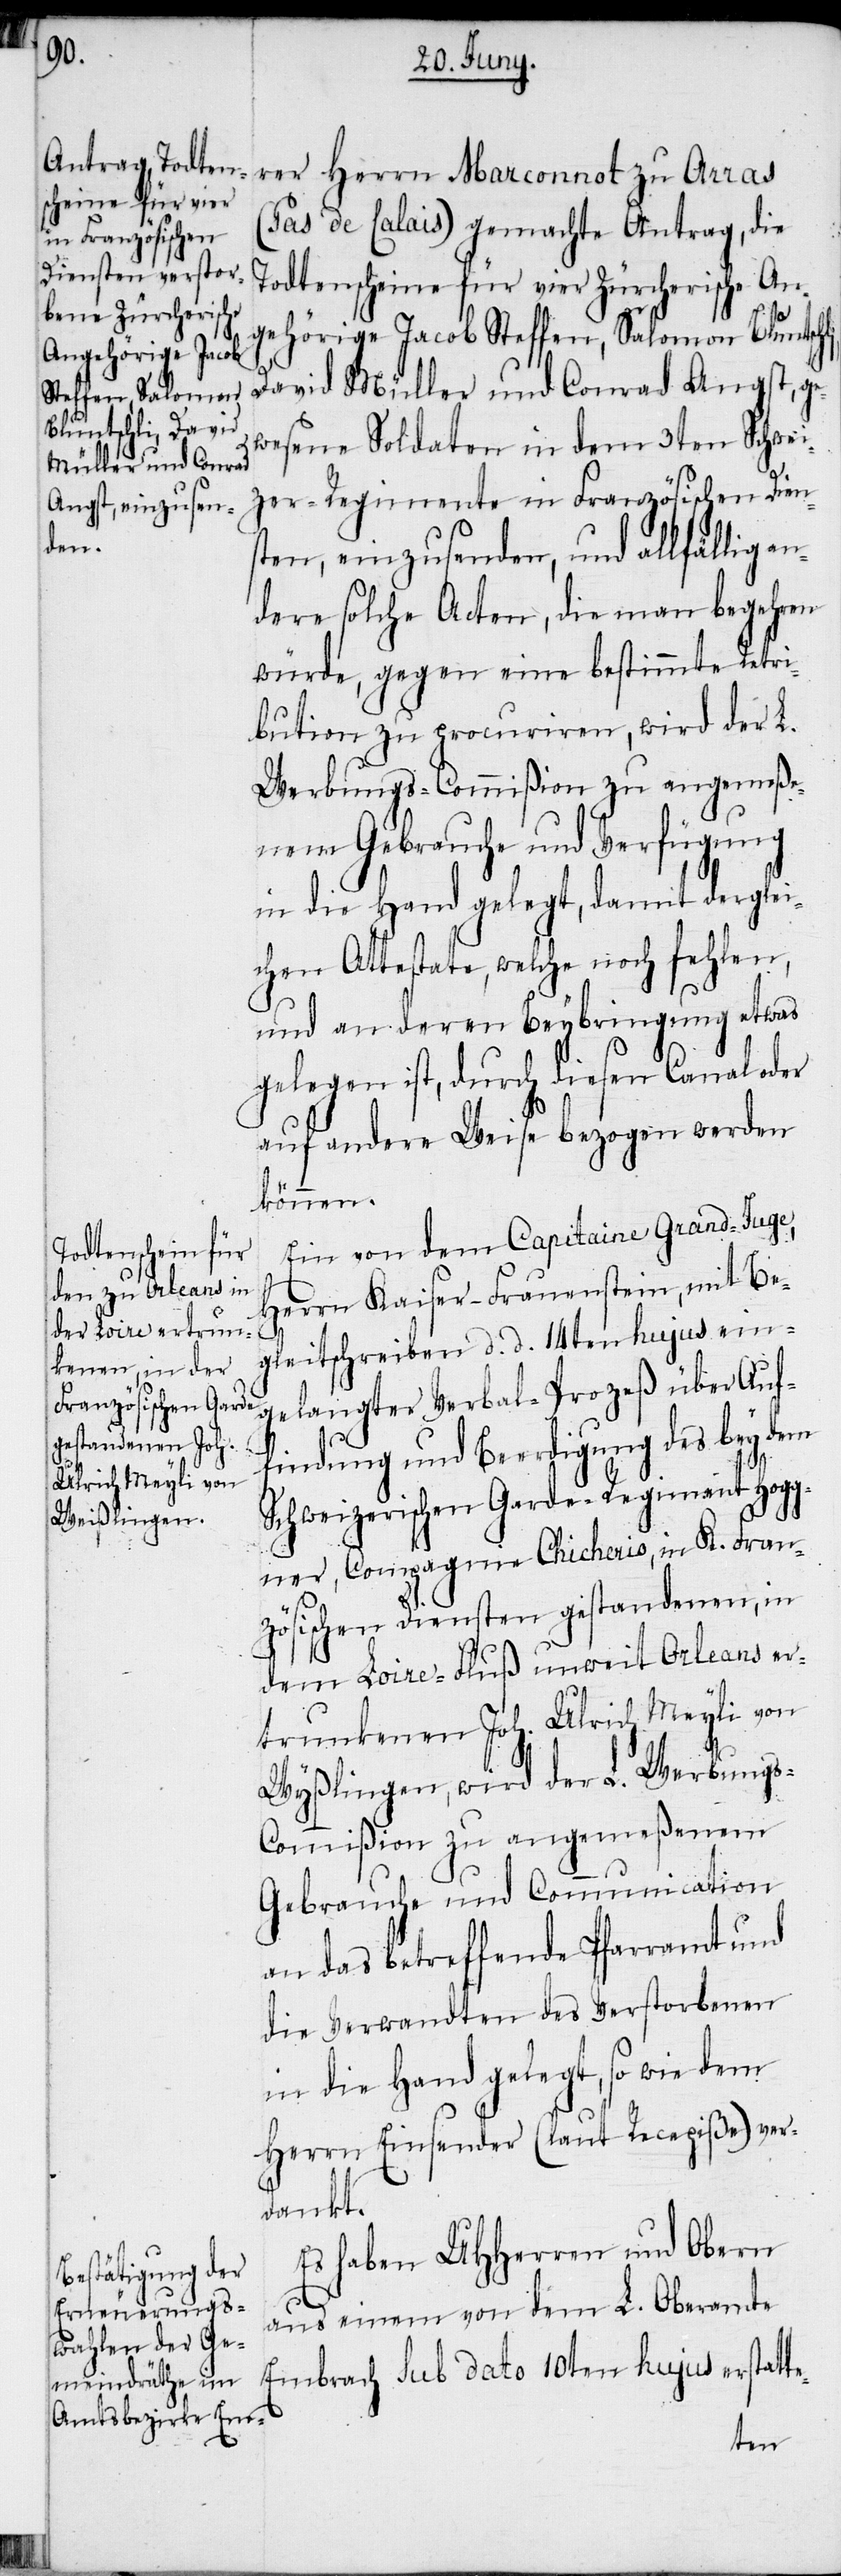
rer Herrn Marconnot zu Arras
(Pas de Calais) gemachte Antrag, die
Todtenscheine für vier Zürcherische An¬
gehörige Jacob Steffen, Salomon Bluntsch¬
David Müller und Conrad Angst, ge¬
wesene Soldaten in dem 3ten Schwei¬
zer-Regimente in Französischen Dien¬
te-
sten, einzusenden, und allfällig an¬
dere solche Acten, die man begehren
würde, gegen eine bestimmte Retri¬
bution zu procuriren, wird der L.
Werbungs-Commißion zu angemeße¬
nem Gebrauche und Verfügung
in die Hand gelegt, damit derglei¬
chen Attestate, welche noch fehlen,
und an deren Beybringung etwas
gelegen ist, durch diesen Canal oder
auf andere Weise bezogen werden
können.
Ein von dem Capitaine Grand-Juge,
Herrn Kaiser-Frauenstein, mit Be¬
gleitschreiben d. d. 14ten hujus ein¬
findung und Beerdigung des bey dem
Schweizerischen Garde-Regiment Hogg¬
ner, Compagnie Chicherio, in K. Fran¬
zösischen Diensten gestandenen, in
dem Loire-Fluß unweit Orleans er¬
trunkenen Joh. Ulrich Meyli von
Wyßlingen, wird der L. Werbung¬
s-Commißion zu angemeßenem
Gebrauche und Communication
an das betreffende Pfarramt und
die Verwandten des Verstorbenen
in die Hand gelegt, so wie dem
Herrn Einsender (laut Recepiße) ver¬
dankt.
Es haben UHHerren und Obern
aus einem von dem L. Oberamte
Embrach sub dato 10ten hujus erstat¬